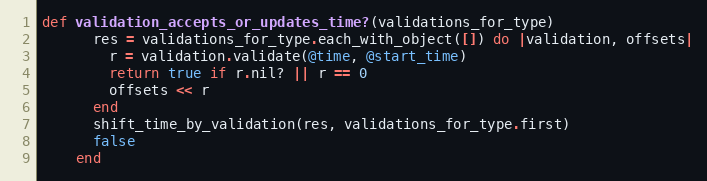
Language: Ruby
def validation_accepts_or_updates_time?(validations_for_type)
      res = validations_for_type.each_with_object([]) do |validation, offsets|
        r = validation.validate(@time, @start_time)
        return true if r.nil? || r == 0
        offsets << r
      end
      shift_time_by_validation(res, validations_for_type.first)
      false
    end